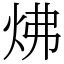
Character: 炥